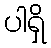
ပါရှိ